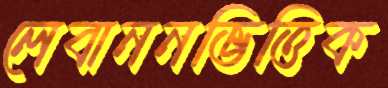
লেবাননভিত্তিক